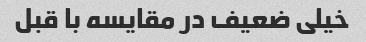
خیلی ضعیف در مقایسه با قبل